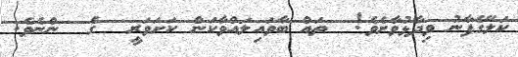
ކަލޭގެފާނު ވިދާޅުވާށެވެ!  ތައް ބާވައިލައްވާކަން ކަށަވަރީ  ގެ  ންނެވެ.